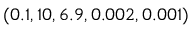
( 0 . 1 , 1 0 , 6 . 9 , 0 . 0 0 2 , 0 . 0 0 1 )